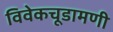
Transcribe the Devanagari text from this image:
विवेकचूडामणी